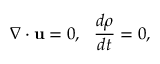
\nabla \cdot { \bf u } = 0 , ~ ~ \frac { d \rho } { d t } = 0 ,